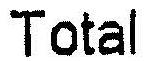
TOTAL